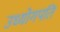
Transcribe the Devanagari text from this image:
उध्योगपति